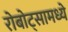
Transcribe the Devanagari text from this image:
रोबोट्सामध्ये